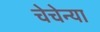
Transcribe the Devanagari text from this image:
चेचेन्या